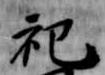
祀